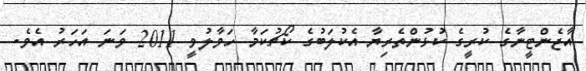
އާޖެންޓީނާގެ ކުރީގެ ކުޅުންތެރިޔާ އެކުލަބުގެ ކޯޗުކަމާ ހަވާލުވީ 2011 ވަނަ އަހަރު އެވެ.